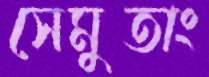
সেমুতাং